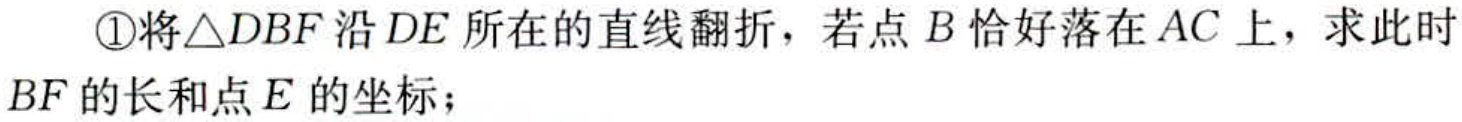
\textcircled{1}将\(\triangle DBF\)沿\(DE\)所在的直线翻折，若点\(B\)恰好落在\(AC\)上，求此时\(BF\)的长和点\(E\)的坐标；